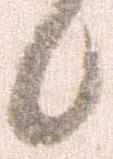
候